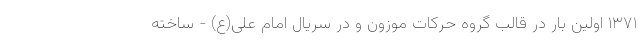
۱۳۷۱ اولین بار در قالب گروه حرکات موزون و در سریال امام علی(ع) - ساخته